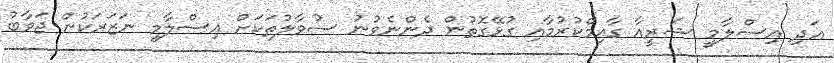
އަދި އިސްލާމީ ޝަރީއާ ގާއިމްކުރުމާއި ގުޅޭގޮތުން ދެންނެވުނު ސުވާލުތަކަށް އިސްލާމީ ނަޒަރަކުން ޖަވާބު